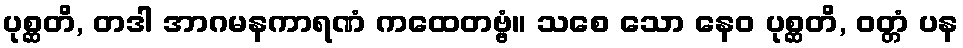
ပုစ္ဆတိ, တဒါ အာဂမနကာရဏံ ကထေတဗ္ဗံ။ သစေ သော နေဝ ပုစ္ဆတိ, ဝတ္တံ ပန